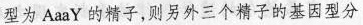
型为AaaY的精子，则另外三个精子的基因型分